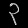
Digit: ၃